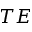
T E